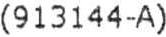
(913144-A)